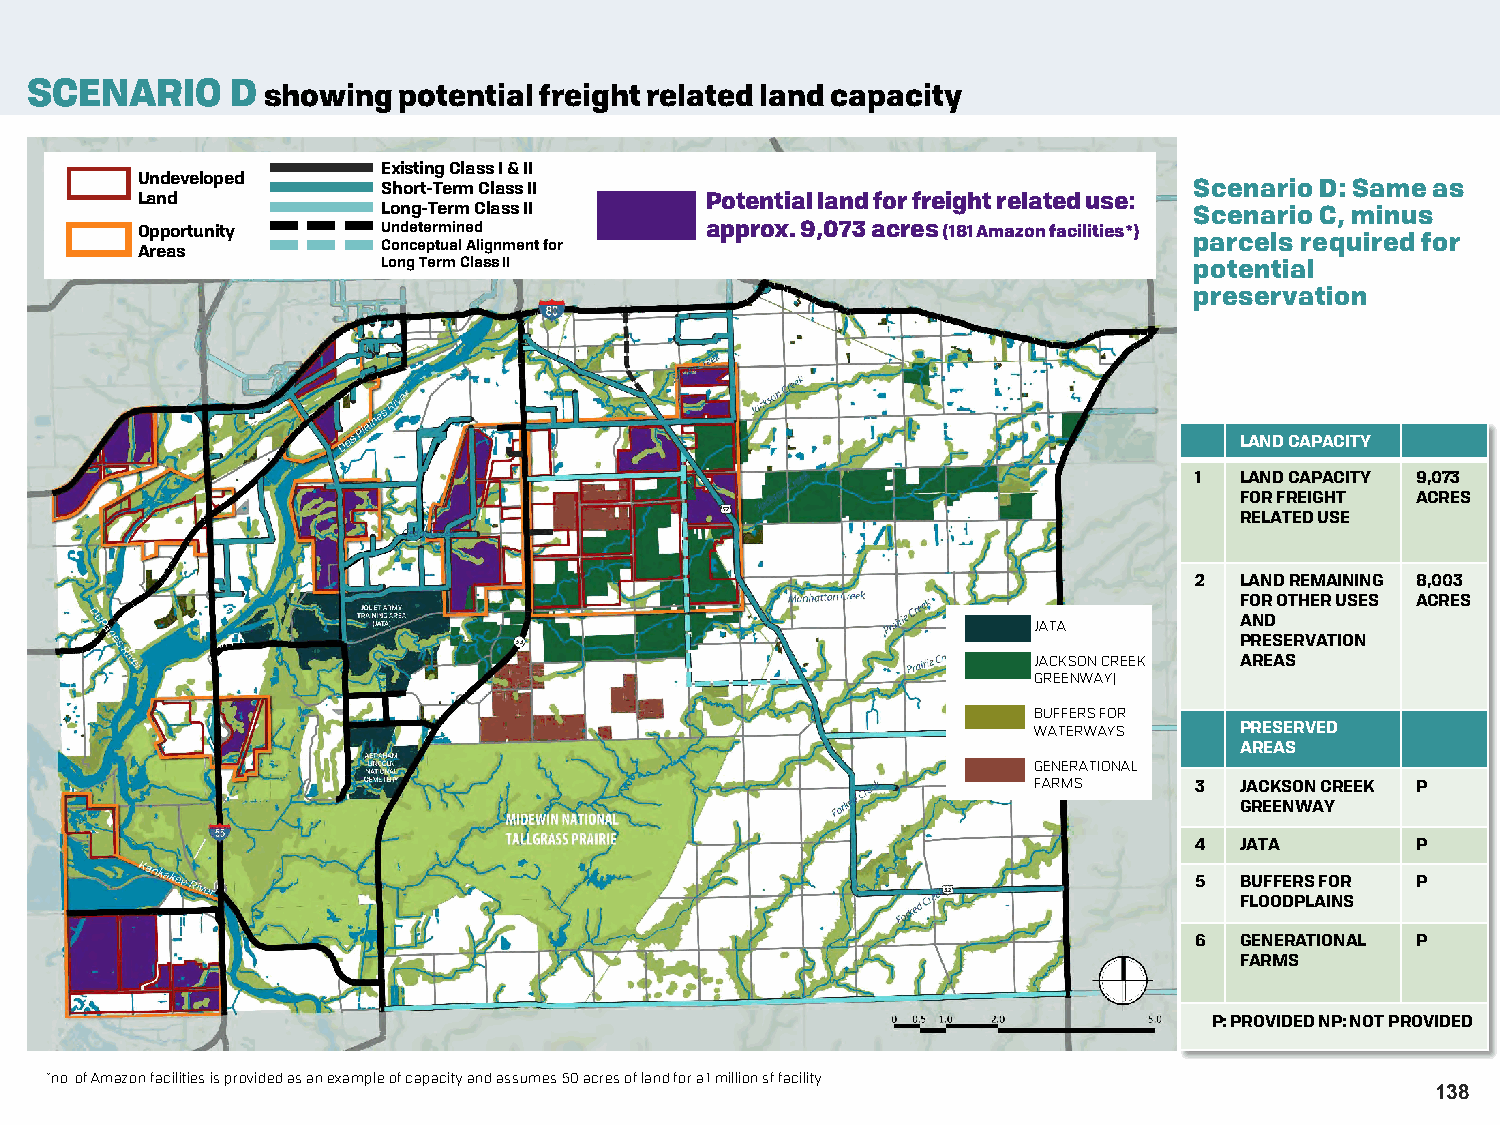
SCENARIO     D showing  potential freight related land capacity
 Existing Class I & II
 Undeveloped
 Short-Term Class II                                   Scenario D: Same as
 Land                                  Potential land for freight related use:
 Long-Term Class II                                    Scenario C, minus
 Opportunity     Undetermined          approx. 9,073 acres (181 Amazon facilities*)
 Areas           Conceptual Alignment for                              parcels required for
 Long Term Class II                                    potential
 preservation
 LAND CAPACITY
 1  LAND CAPACITY 9,073
 FOR FREIGHT ACRES
 RELATED USE
 2  LAND REMAINING 8,003
 FOR OTHER USES ACRES
 JATA          AND
 PRESERVATION
 JACKSON CREEK AREAS
 GREENWAY)
 BUFFERS FOR
 WATERWAYS     PRESERVED
 AREAS
 GENERATIONAL
 FARMS      3  JACKSON CREEK P
 GREENWAY
 4  JATA        P
 5  BUFFERS FOR P
 FLOODPLAINS
 6  GENERATIONAL P
 FARMS
 P: PROVIDED NP: NOT PROVIDED
 *no. of Amazon facilities is provided as an example of capacity and assumes 50 acres of land for a 1 million sf facility.
 138